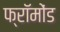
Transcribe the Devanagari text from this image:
फ्रॉमोंड